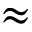
\approx